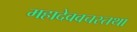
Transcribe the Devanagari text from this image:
महादेववचस्तथा